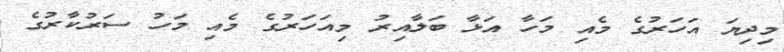
މިދިޔަ އަހަރުގެ މެއި މަހާ އަޅާ ބަލާއިރު މިއަހަރުގެ މެއި މަހު ސަރުކާރުގެ